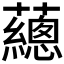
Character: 𧄉